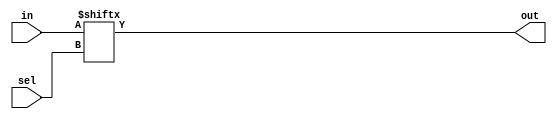
module mux21(in,sel,out);
  input [1:0] in;
  input sel;
  output out;
  assign out=in[sel];
  //When sel=0,out=in[0] and sel=1,out=in[1]
endmodule